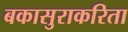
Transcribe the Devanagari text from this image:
बकासुराकरिता